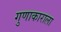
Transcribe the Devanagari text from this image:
गुणाकाराला